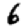
Digit: 6